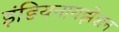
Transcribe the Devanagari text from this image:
इंडियनायझेशन